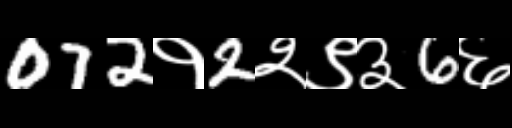
Text: 072१2२९३6६